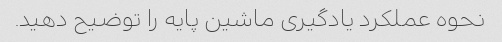
نحوه عملکرد یادگیری ماشین پایه را توضیح دهید.